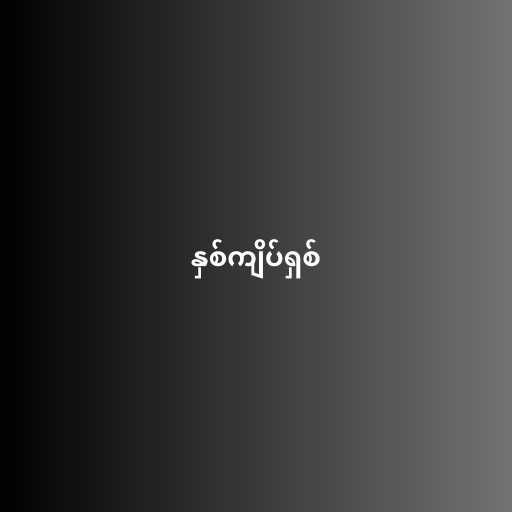
နှစ်ကျိပ်ရှစ်